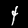
Label: 4